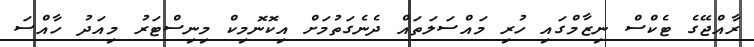
ރާއްޖޭގެ ޓެކްސް ނިޒާމްގައި ހުރި މައްސަލަތައް ދެނެގަތުމަށް އިކޮނޮމިކް މިނިސްޓަރު މިއަދު ހާއްސަ